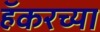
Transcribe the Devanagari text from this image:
हॅकरच्या